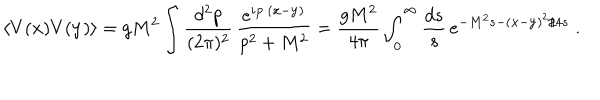
\langle V ( { \bf x } ) V ( { \bf y } ) \rangle = g M ^ { 2 } \int \frac { d ^ { 2 } p } { ( 2 \pi ) ^ { 2 } } \, \frac { e ^ { i { \bf p } \cdot ( { \bf x } - { \bf y } ) } } { p ^ { 2 } + M ^ { 2 } } = \frac { g M ^ { 2 } } { 4 \pi } \int _ { 0 } ^ { \infty } \frac { d s } { s } \, e ^ { - M ^ { 2 } s - ( { \bf x } - { \bf y } ) ^ { 2 } / 4 s } \; .